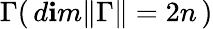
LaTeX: {\Gamma}(\, d\mathbf{i}m\Vert\Gamma\Vert=2n\, )